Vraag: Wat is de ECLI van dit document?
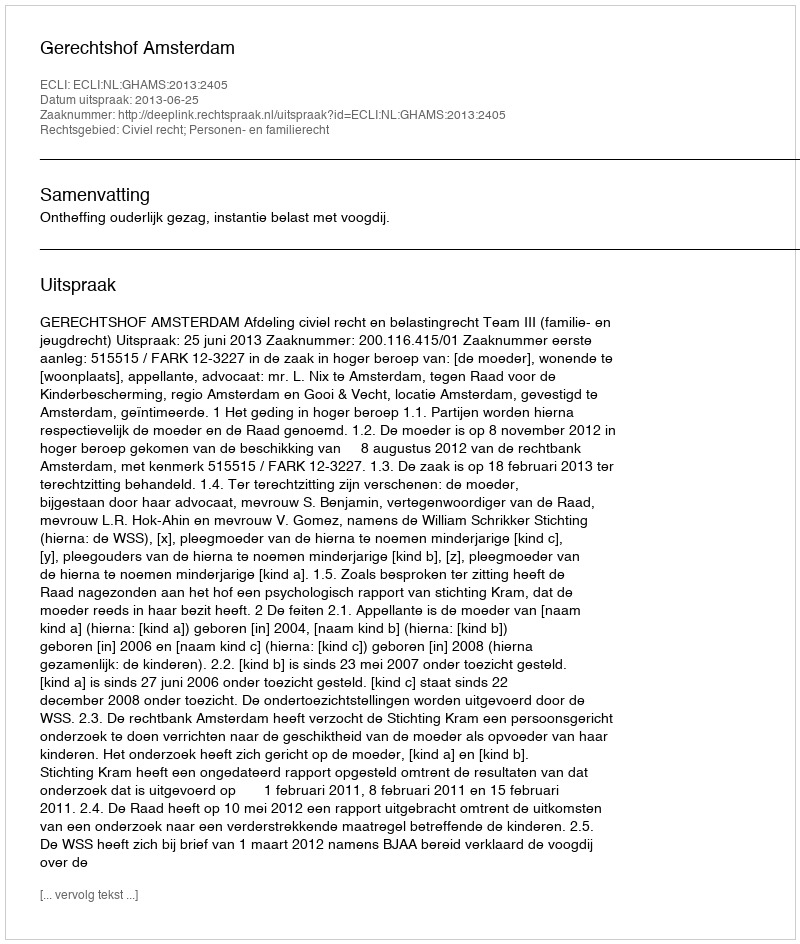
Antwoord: ECLI:NL:GHAMS:2013:2405